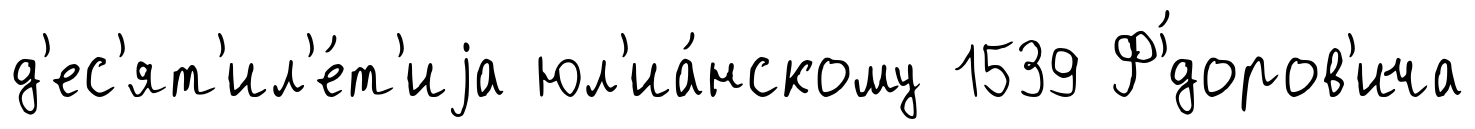
д'ес'ят'ил'е́т'иjа юл'иа́нскому 1539 Ф'́доров'ича